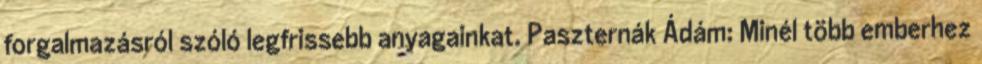
forgalmazásról szóló legfrissebb anyagainkat. Paszternák Ádám: Minél több emberhez